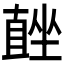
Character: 𭅨